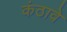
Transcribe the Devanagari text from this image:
कंठावे